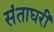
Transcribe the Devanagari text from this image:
संताघरीं